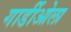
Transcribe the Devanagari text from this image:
गार्डीओला